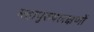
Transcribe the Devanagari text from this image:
महापुरुषलक्षणों